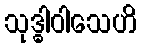
သုဒ္ဓါဝါသေဟိ